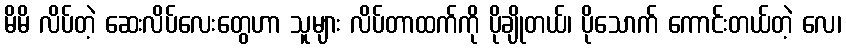
မိမိ လိပ်တဲ့ ဆေးလိပ်လေးတွေဟာ သူများ လိပ်တာထက်ကို ပိုချိုတယ်၊ ပိုသောက် ကောင်းတယ်တဲ့ လေ၊